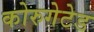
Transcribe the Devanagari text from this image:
कोरुगेटेड